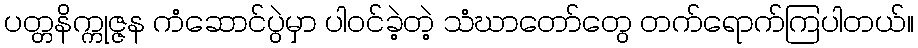
ပတ္တနိက္ကုဇ္ဇန ကံဆောင်ပွဲမှာ ပါဝင်ခဲ့တဲ့ သံဃာတော်တွေ တက်ရောက်ကြပါတယ်။